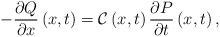
LaTeX: \begin{align*}-\frac{\partial Q}{\partial x}\left(x,t\right)=\mathcal{C}\left(x,t\right)\frac{\partial P}{\partial t}\left(x,t\right),\end{align*}